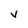
Character: V